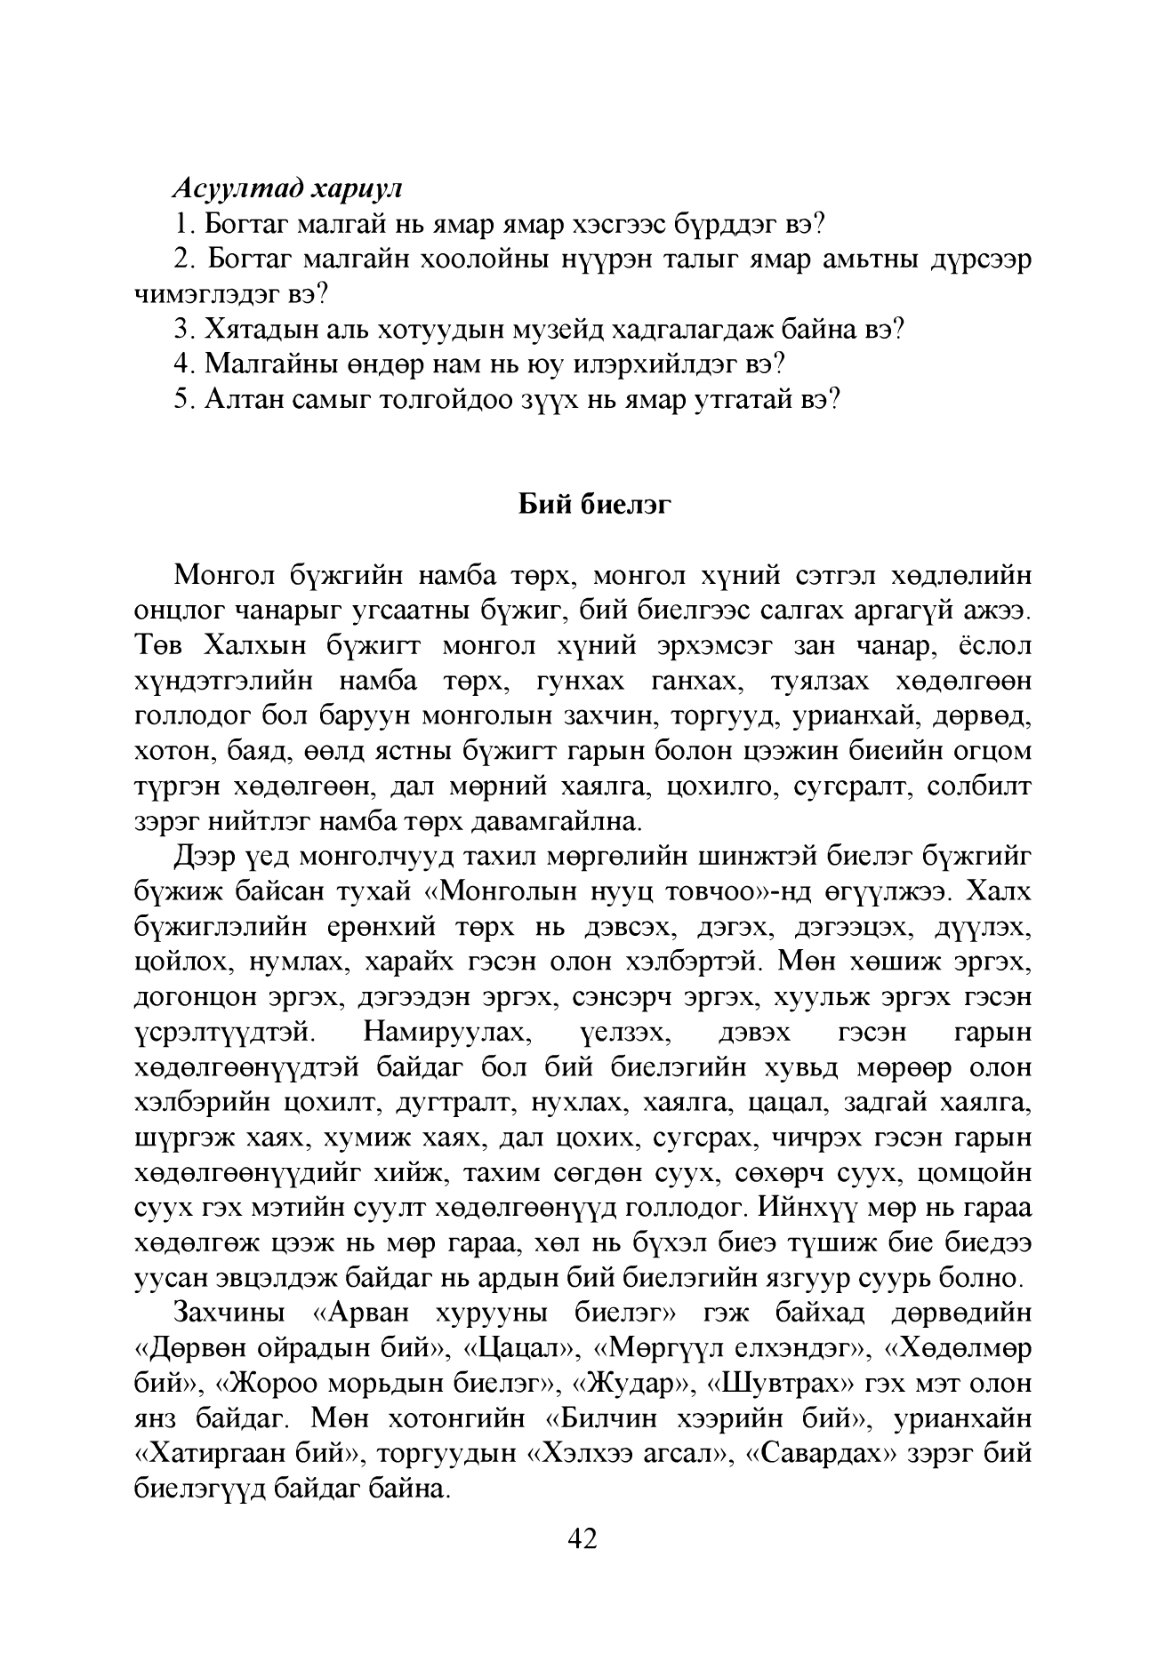
Language: mn